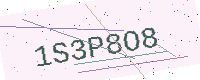
Text: 1S3P8O8